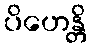
ပိဟေန္တိ